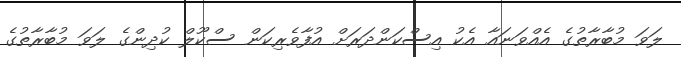
ލަވަ މުބާރާތުގެ އެއްވަނައާ އެކު އިސްކަންދަރަށް އުފާވެރިކަން ސްކޫލް ކުދިންގެ ލަވަ މުބާރާތުގެ